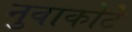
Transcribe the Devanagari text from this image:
नुवाकोटे